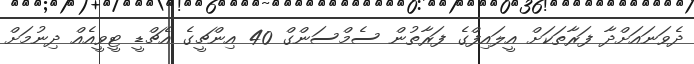
ދެވަނައަށްދާ ފަރާތަކަށް އީލައިފްގެ ފަރާތުން ސެމްސަންގް 40 އިންޗީގެ އެޗްޑީ ޓީވީއެއް ދިނުމަށް